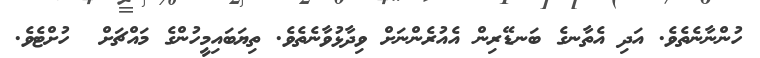
ހުންނާނެތެވެ. އަދި އެތާނގެ ބަނޑޭރިން އެއުރެންނަށް ވިދާޅުވާނެތެވެ. ތިޔަބައިމީހުންގެ މައްޗަށް  ހުށްޓެވެ.